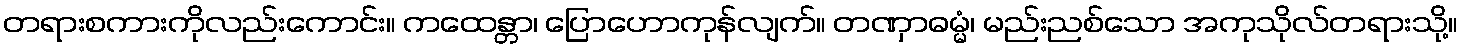
တရားစကားကိုလည်းကောင်း။ ကထေန္တာ၊ ပြောဟောကုန်လျက်။ တဏှာဓမ္မံ၊ မည်းညစ်သော အကုသိုလ်တရားသို့။